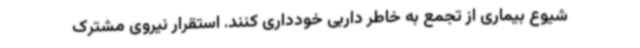
شیوع بیماری از تجمع به خاطر داربی خودداری کنند. استقرار نیروی مشترک